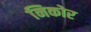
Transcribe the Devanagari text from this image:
निकोर